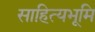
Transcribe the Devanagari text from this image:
साहित्यभूमि